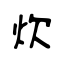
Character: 炊